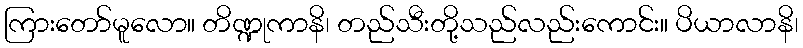
ကြားတော်မူလော။ တိဏ္ဍုကာနိ၊ တည်သီးတို့သည်လည်းကောင်း။ ပိယာလာနိ၊